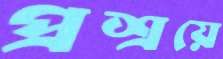
প্রশ্রয়ে